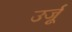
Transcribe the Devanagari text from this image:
उर्जू